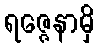
ရဇ္ဇေနာမှိ